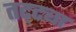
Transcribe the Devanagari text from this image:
तट्ट्या